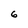
Character: 6